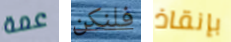
عمة فلنكن بإنقاذ